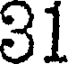
31